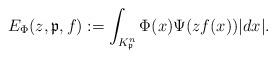
LaTeX: \begin{align*}E_{\Phi}(z,\mathfrak{p},f):=\int_{K_{\mathfrak{p}}^{n}}\Phi(x)\Psi(zf(x))|dx|.\end{align*}